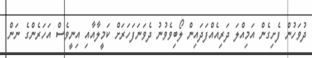
ދުވަހުން ފެށިގެން އަމިއްލަ ދަރިއެއްފަދައިން ލޯބިވެވުނު ދެވަނަފަހަރަށް ކަމީލާއާއި އިނީވެސް އަހަރެންގެ ނަން